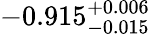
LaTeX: -0.915_{-0.015}^{+0.006}